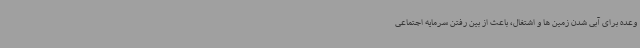
وعده برای آبی شدن زمین ها و اشتغال، باعث از بین رفتن سرمایه اجتماعی